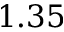
1 . 3 5